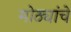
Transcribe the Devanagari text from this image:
मोठ्यांचे